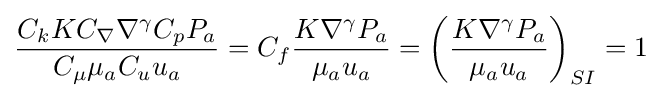
{\frac {C_{k}KC_{\nabla }\nabla ^{\gamma }C_{p}P_{a}}{C_{\mu }\mu _{a}C_{u}u{_{a}}}}=C_{f}{\frac {K\nabla ^{\gamma }P_{a}}{\mu _{a}u{_{a}}}}=\left({\frac {K\nabla ^{\gamma }P_{a}}{\mu _{a}u{_{a}}}}\right)_{SI}=1